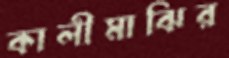
কালীমাঝির